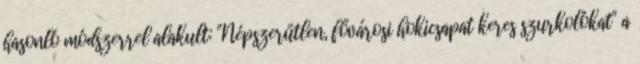
hasonló módszerrel alakult: "Népszerűtlen, fővárosi hokicsapat keres szurkolókat" a